Civil Veterinary Dept. Assam report 1927-50 - 1927-1950
Year: 1927
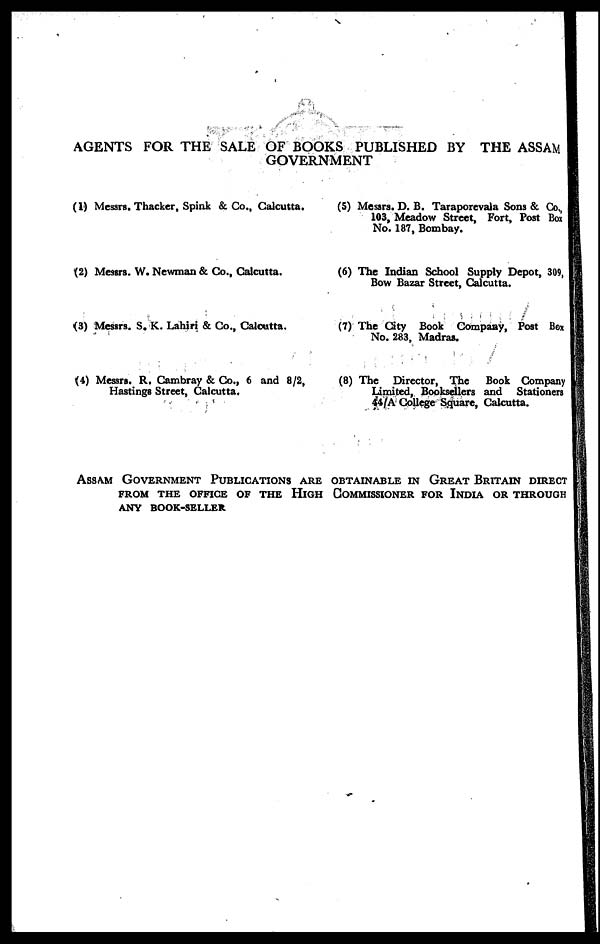
AGENTS FOR THE SALE OF BOOKS PUBLISHED BY THE ASSAM
GOVERNMENT
(1) Messrs. Thacker, Spink & Co., Calcutta.
(2) Messrs. W. Newman & Co., Calcutta.
(3) Messrs. S. K. Lahiri & Co., Calcutta.
(4) Messrs. R. Cambray & Co., 6 and 8/2,
Hastings Street, Calcutta.
(5) Messrs. D. B. Taraporevala Sons & Co.,
103, Meadow Street, Fort, Post Box
No. 187, Bombay.
(6) The Indian School Supply Depot, 309,
Bow Bazar Street, Calcutta.
(7) The City Book Company, Post Box
No. 283, Madras.
(8) The Director, The Book Company
Limited, Booksellers and Stationers
44/A College Square, Calcutta.
ASSAM GOVERNMENT PUBLICATIONS ARE OBTAINABLE IN GREAT BRITAIN DIREC
FROM THE OFFICE OF THE HIGH COMMISSIONER FOR INDIA OR THROUGH
ANY BOOK-SELLER